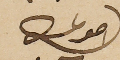
احوكم